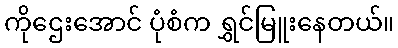
ကိုဌေးအောင် ပုံစံက ရွှင်မြူးနေတယ်။